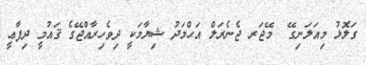
ގަލޮޅު މިއަލަނިގޭ  މޭޖަރ ޖެނެރަލް އަޙްމަދު ޝިޔާމަކީ ދިވެހިރާއްޖޭގެ ޤައުމީ ދިފާޢީ